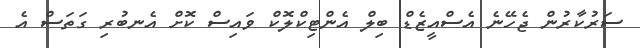
ސަރުކާރުން ޖެހޭނެ އެސްއީޒެޑް ބިލް އެންޓިކްލޮކް ވައިސް ކޮށް އެނބުރި ގަތަސް އެ